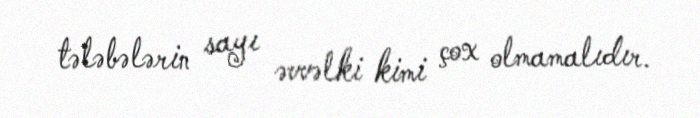
tələbələrin sayı əvvəlki kimi çox olmamalıdır.